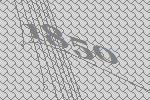
1850